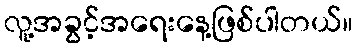
လူ့အခွင့်အရေးနေ့ဖြစ်ပါတယ်။